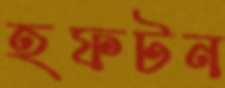
হফটন